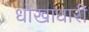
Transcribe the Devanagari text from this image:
धोखाधारी